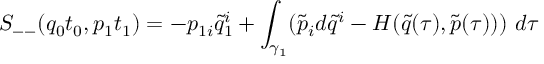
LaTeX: S _ { -- } ( q _ { 0 } t _ { 0 } , p _ { 1 } t _ { 1 } ) = - p _ { 1 i } \tilde { q } _ { 1 } ^ { i } + \int _ { \gamma _ { 1 } } ( \tilde { p } _ { i } d \tilde { q } ^ { i } - H ( \tilde { q } ( \tau ) , \tilde { p } ( \tau ) ) ) \ d \tau